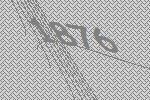
1876